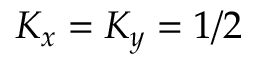
K _ { x } = K _ { y } = 1 / 2